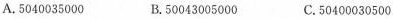
A.5040035000 B.50043005000 C.50400030500